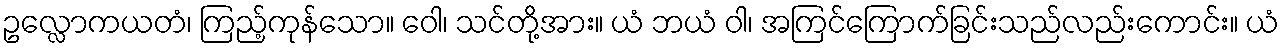
ဥလ္လောကယတံ၊ ကြည့်ကုန်သော။ ဝေါ၊ သင်တို့အား။ ယံ ဘယံ ဝါ၊ အကြင်ကြောက်ခြင်းသည်လည်းကောင်း။ ယံ